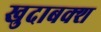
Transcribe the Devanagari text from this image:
खुदाबक्‍श